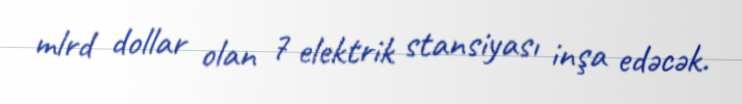
mlrd dollar olan 7 elektrik stansiyası inşa edəcək.